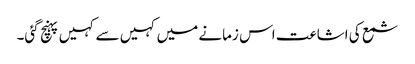
شمع کی اشاعت اس زمانے میں کہیں سے کہیں پہنچ گئی۔